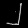
Digit: ၂